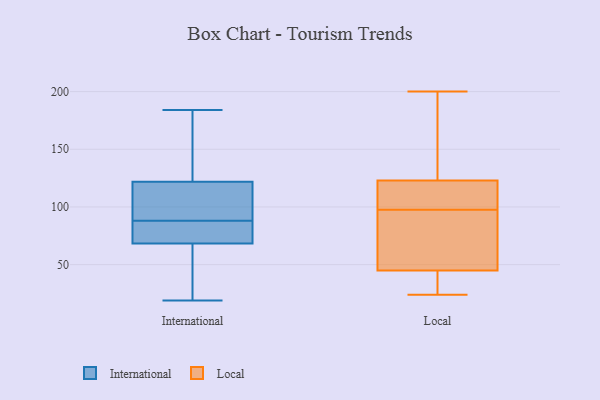
{"axis": {"x": "Shipments", "y": "Value"}, "legend": ["International", "Local"], "data": [{"x": "", "y": 67, "type": "International"}, {"x": "", "y": 184, "type": "International"}, {"x": "", "y": 104, "type": "International"}, {"x": "", "y": 72, "type": "International"}, {"x": "", "y": 19, "type": "International"}, {"x": "", "y": 115, "type": "International"}, {"x": "", "y": 148, "type": "International"}, {"x": "", "y": 73, "type": "International"}, {"x": "", "y": 123, "type": "International"}, {"x": "", "y": 40, "type": "International"}, {"x": "", "y": 78, "type": "International"}, {"x": "", "y": 118, "type": "International"}, {"x": "", "y": 88, "type": "International"}, {"x": "", "y": 157, "type": "International"}, {"x": "", "y": 37, "type": "International"}, {"x": "", "y": 123, "type": "Local"}, {"x": "", "y": 87, "type": "Local"}, {"x": "", "y": 98, "type": "Local"}, {"x": "", "y": 32, "type": "Local"}, {"x": "", "y": 111, "type": "Local"}, {"x": "", "y": 137, "type": "Local"}, {"x": "", "y": 50, "type": "Local"}, {"x": "", "y": 183, "type": "Local"}, {"x": "", "y": 45, "type": "Local"}, {"x": "", "y": 30, "type": "Local"}, {"x": "", "y": 41, "type": "Local"}, {"x": "", "y": 200, "type": "Local"}, {"x": "", "y": 123, "type": "Local"}, {"x": "", "y": 24, "type": "Local"}, {"x": "", "y": 150, "type": "Local"}, {"x": "", "y": 120, "type": "Local"}, {"x": "", "y": 97, "type": "Local"}, {"x": "", "y": 68, "type": "Local"}]}